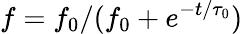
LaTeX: f=f_{0}/({f}_{0}+e^{-t/\tau_{0}})